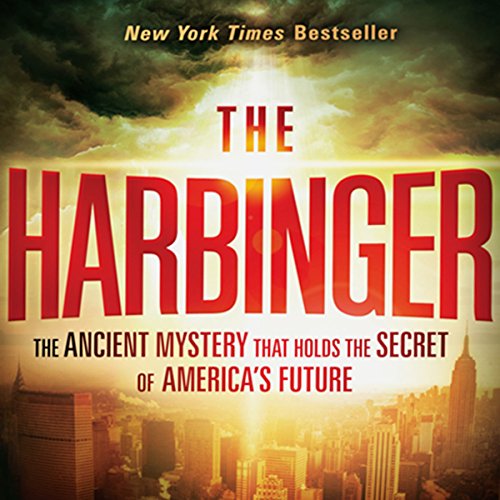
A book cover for The Harbinger: The Ancient Mystery that Holds the Secret to America's Future; Jonathan Cahn; Christian Books & Bibles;